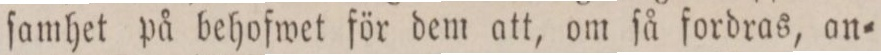
ſamhet på behofwet för dem att, om ſå fordras, an=